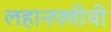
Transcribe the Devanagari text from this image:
लहानपणीची